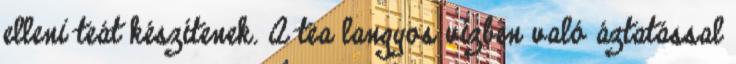
elleni teát készítenek. A tea langyos vízben való áztatással